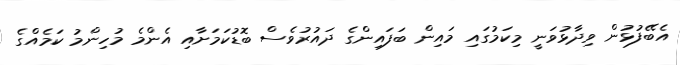
އެބޭފުޅުން ވިދާޅުވަނީ މިކަމުގައި މައިން ބަފައިންގެ ދައުރުވެސް ބޮޑުކަމަށާއި އެންމެ މުހިންމު ކަމެއްގެ